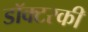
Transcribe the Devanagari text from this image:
डॉक्टरकी